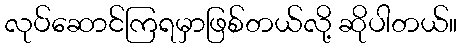
လုပ်ဆောင်ကြရမှာဖြစ်တယ်လို့ ဆိုပါတယ်။